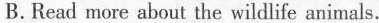
B.Read more about the wildlife animals.